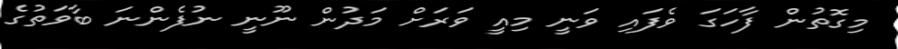
މިގޮތުން ފާހަގަ ވެފައި ވަނީ މިއީ ވަރަށް މަދުން ނޫނީ ނުފެންނަ ބާވަތުގެ